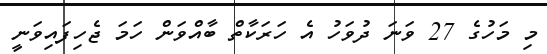
މި މަހުގެ 27 ވަނަ ދުވަހު އެ ހަރަކާތް ބާއްވަން ހަމަ ޖެހިފައިވަނީ